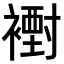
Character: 𧝪